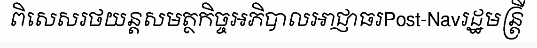
ពិសេសរថយន្តសមត្ថកិច្ចអភិបាលអាជ្ញាធរPost-Navរដ្ឋមន្ត្រី